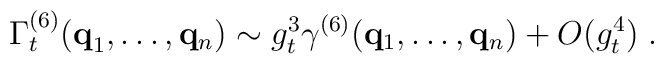
\Gamma_t^{(6)} ( {\bf{q}}_1 , \ldots , {\bf{q}}_n ) \sim g_t^{3}\gamma^{(6)}  ( {\bf{q}}_1 , \ldots , {\bf{q}}_n )   + O ( g_t^{4} ) \; .